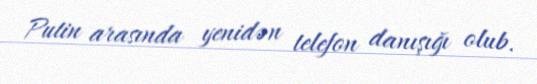
Putin arasında yenidən telefon danışığı olub.